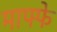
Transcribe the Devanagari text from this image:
माफ्फे